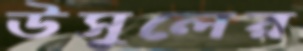
উসুলের